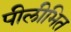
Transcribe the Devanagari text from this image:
पीलीभित